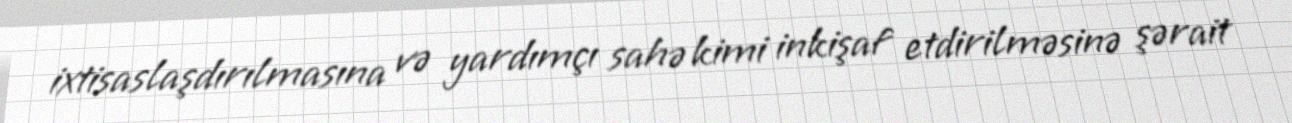
ixtisaslaşdırılmasına və yardımçı sahə kimi inkişaf etdirilməsinə şərait